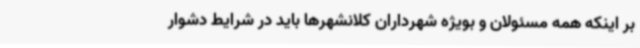
بر اینکه همه مسئولان و بویژه شهرداران کلانشهرها باید در شرایط دشوار